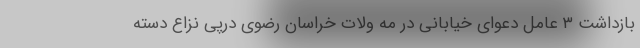
بازداشت ۳ عامل دعوای خیابانی در مه ولات خراسان رضوی درپی نزاع دسته